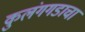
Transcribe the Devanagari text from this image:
कुलंगगडाचा